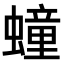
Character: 𧑆